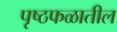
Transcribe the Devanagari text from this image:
पृष्ठफळातील